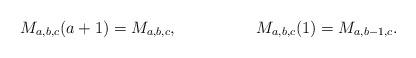
LaTeX: \begin{align*}M_{a,b,c}(a+1)&=M_{a,b,c},&M_{a,b,c}(1)&=M_{a,b-1,c}.\end{align*}